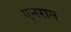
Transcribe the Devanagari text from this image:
एनरान